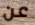
عن